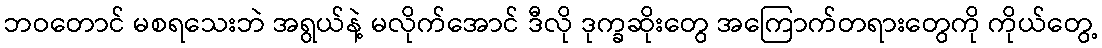
ဘဝတောင် မစရသေးဘဲ အရွယ်နဲ့ မလိုက်အောင် ဒီလို ဒုက္ခဆိုးတွေ အကြောက်တရားတွေကို ကိုယ်တွေ့